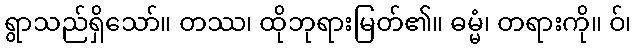
ရွာသည်ရှိသော်။ တဿ၊ ထိုဘုရားမြတ်၏။ ဓမ္မံ၊ တရားကို။ ဝ်၊